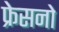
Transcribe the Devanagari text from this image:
फ्रेसनो